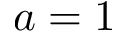
a = 1